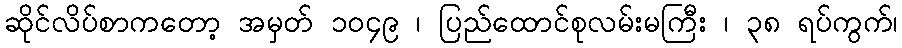
ဆိုင်လိပ်စာကတော့ အမှတ် ၁၀၄၉ ၊ ပြည်ထောင်စုလမ်းမကြီး ၊ ၃၈ ရပ်ကွက်၊